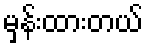
မှန်းထားတယ်